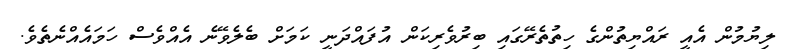
ލިޔުމުން އެއީ ރައްޔިތުންގެ ހިތުތެރޭގައި ބިރުވެރިކަން އުފައްދަނީ ކަމަށް ބެލެވޭނެ އެއްވެސް ހަމައެއްނެތެވެ.